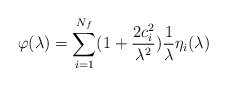
\begin{align*}\varphi (\lambda )=\sum_{i=1}^{N_f}(1+\frac{2c_i^2}{\lambda ^2})\frac1\lambda \eta _i(\lambda )\end{align*}